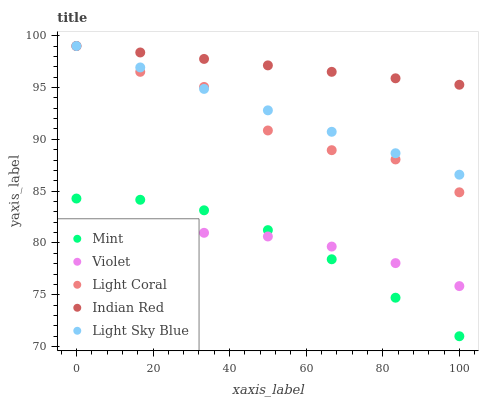
| xaxis_label | Mint | Violet | Light Coral | Indian Red | Light Sky Blue |
 | --- | --- | --- | --- | --- | --- |
 | 0 | 84.3 | 79.8 | 99 | 99 | 99 |
 | 16.7 | 84.2 | 80.7 | 96.5 | 98.4 | 96.9 |
 | 33.3 | 83.2 | 81 | 95.1 | 97.8 | 94.9 |
 | 50 | 81.2 | 80.6 | 90.9 | 97.1 | 92.8 |
 | 66.7 | 78.4 | 79.7 | 89 | 96.5 | 90.7 |
 | 83.3 | 74.7 | 78.1 | 88.1 | 95.9 | 88.7 |
 | 100 | 71 | 75.8 | 84.9 | 95.3 | 86.6 |